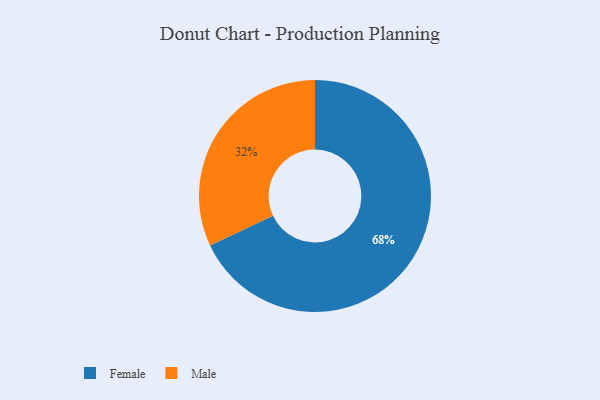
{"axis": {"x": "Category", "y": "Percentage"}, "legend": ["Female", "Male"], "data": [{"x": "Female", "y": 68, "type": "Female"}, {"x": "Male", "y": 32, "type": "Male"}]}